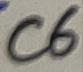
Text: C6